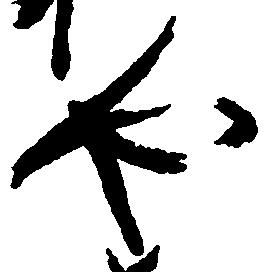
や